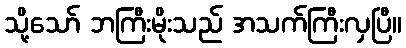
သို့သော် ဘကြီးမိုးသည် အသက်ကြီးလှပြီ။